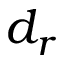
d _ { r }